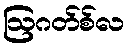
ဩဂတ်စ်လ